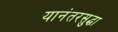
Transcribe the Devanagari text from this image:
यानंतरसुद्धा